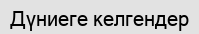
Дүниеге келгендер